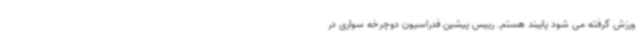
ورزش گرفته می شود پایبند هستم. رییس پیشین فدراسیون دوچرخه سواری در